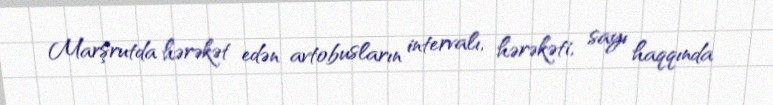
Marşrutda hərəkət edən avtobusların intervalı, hərəkəti, sayı haqqında